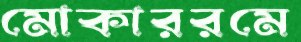
মোকাররমে